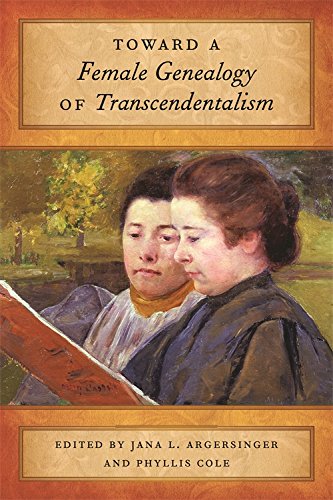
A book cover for Toward a Female Genealogy of Transcendentalism; Gay & Lesbian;